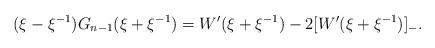
LaTeX: \begin{align*}(\xi - \xi^{-1}) G_{n-1}(\xi + \xi^{-1}) = W'(\xi + \xi^{-1}) - 2 [ W'(\xi + \xi^{-1}) ] _{-}.\end{align*}